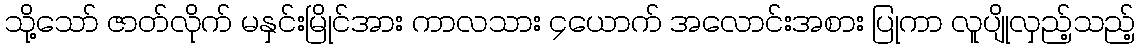
သို့သော် ဇာတ်လိုက် မနှင်းမြိုင်အား ကာလသား ၄ယောက် အလောင်းအစား ပြုကာ လူပျိုလှည့်သည့်